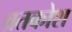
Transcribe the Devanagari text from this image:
व्रतकोश